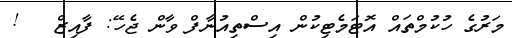
މަރުގެ ހުކުމްތައް އޮޓަމެޓިކުން އިސްތިއުނާފް ވާން ޖެހޭ: ފާއިޒް   !